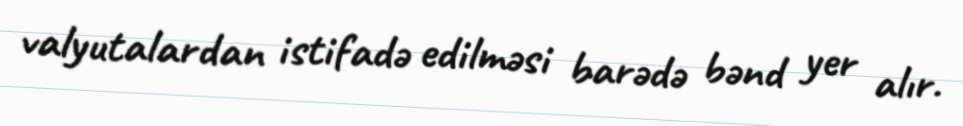
valyutalardan istifadə edilməsi barədə bənd yer alır.